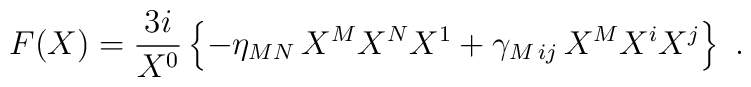
F(X)= {3i\over X^0} \left\{-\eta_{MN}\,X^MX^NX^1 + \gamma_{M\,ij}\, X^MX^iX^j\right\} \ .